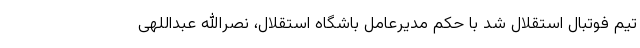
تیم فوتبال استقلال شد با حکم مدیرعامل باشگاه استقلال، نصرالله عبداللهی